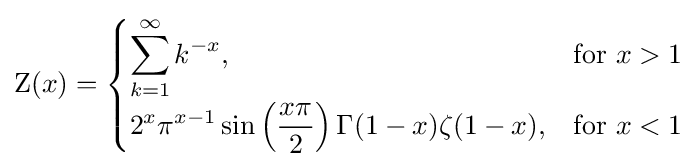
\mathrm {Z} (x)={\begin{cases}\displaystyle \sum _{k=1}^{\infty }k^{-x},&{\text{for }}x>1\\[10pt]\displaystyle 2^{x}\pi ^{x-1}\sin \left({\frac {x\pi }{2}}\right)\Gamma (1-x)\zeta (1-x),&{\text{for }}x<1\\\end{cases}}